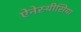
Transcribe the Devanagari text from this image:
ऐनेस्थीसिया